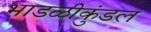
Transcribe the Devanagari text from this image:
भाडळीकुंडल